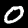
Label: 0